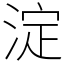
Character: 淀